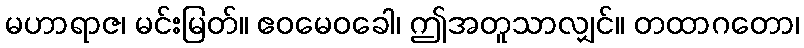
မဟာရာဇ၊ မင်းမြတ်။ ဧဝမေဝခေါ၊ ဤအတူသာလျှင်။ တထာဂတော၊